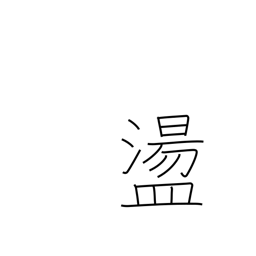
Meaning: captivated